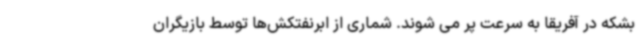
بشکه در آفریقا به سرعت پر می شوند. شماری از ابرنفتکش‌ها توسط بازیگران